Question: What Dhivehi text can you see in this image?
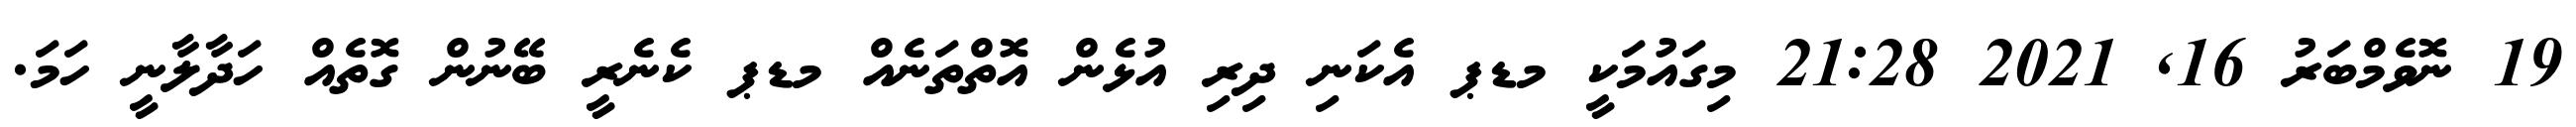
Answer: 19 ނޮވެމްބަރު 16, 2021 21:28 މިގައުމަކީ މޑޕ އެކަނި ދިރި އުޅެން އޮތްތަނެއް މޑޕ ކެނެރީ ބޭނުން ގޮތެއް ހަދާލާނީ ހަމަ.